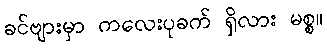
ခင်ဗျားမှာ ကလေးပုခက် ရှိလား မစ္စ။